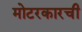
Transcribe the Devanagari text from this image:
मोटरकारची